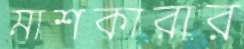
মাশকারার